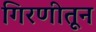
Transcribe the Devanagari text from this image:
गिरणीतून